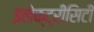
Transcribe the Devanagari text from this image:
इलेक्ट्रीसिटी